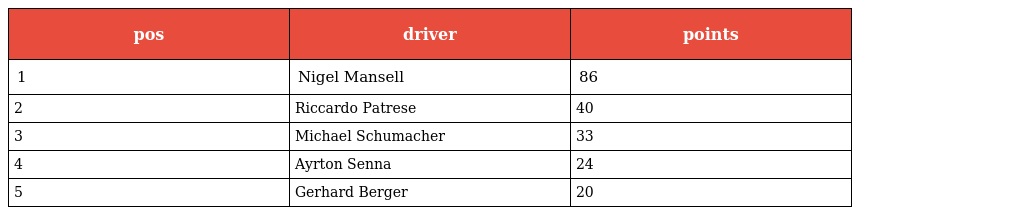
| pos | driver | points |
 | --- | --- | --- |
 | 1 | Nigel Mansell | 86 |
 | 2 | Riccardo Patrese | 40 |
 | 3 | Michael Schumacher | 33 |
 | 4 | Ayrton Senna | 24 |
 | 5 | Gerhard Berger | 20 |